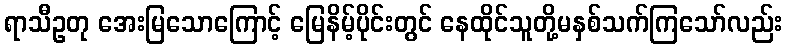
ရာသီဥတု အေးမြသောကြောင့် မြေနိမ့်ပိုင်းတွင် နေထိုင်သူတို့မနှစ်သက်ကြသော်လည်း